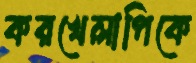
করখেলাপিকে